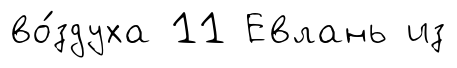
во́здуха 11 Евлань из